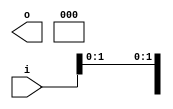
// This program was cloned from: https://github.com/chipsalliance/UHDM-integration-tests
// License: Apache License 2.0

/* Generated by Yosys 0.27+9 (git sha1 101d19bb6, gcc 11.2.0-7ubuntu2 -fPIC -Os) */

(* top =  1  *)

module bsg_concentrate_static(i, o);
  
  input [63:0] i;
  wire [63:0] i;
  
  output [12:0] o;
  wire [12:0] o;
  assign { i[14:13], i[11:10], i[8:7], i[5:2], i[0] } = { i[15], i[15], i[15], i[15], i[15], i[15], i[15], i[15], i[15], i[15], i[15] };
  assign o = { 11'h0xx, i[1], i[15] };
endmodule